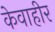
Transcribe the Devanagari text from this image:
केवाहीर